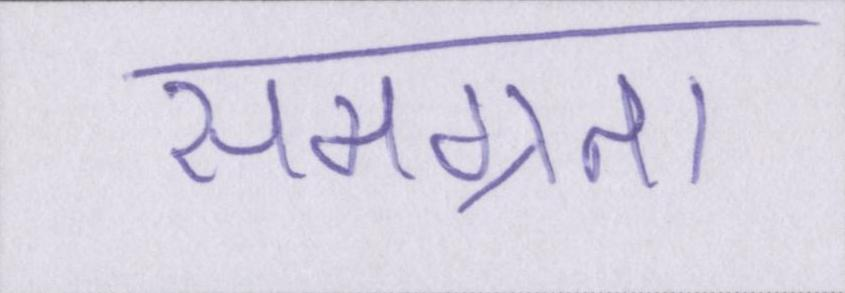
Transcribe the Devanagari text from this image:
समग्रता